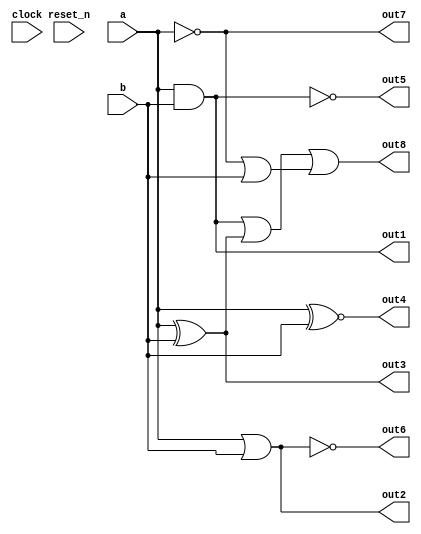
// DEFINES
`define BITS 32         // Bit width of the operands

module 	bm_log_all(clock, 
		reset_n, 
		a, 
		b, 
		out1,
		out2,
		out3,
		out4,
		out5,
		out6,
		out7,
		out8,
);

// SIGNAL DECLARATIONS
input	clock;
input 	reset_n;

input [`BITS-1:0] a;
input [`BITS-1:0] b;

output [`BITS-1:0] out1;
output [`BITS-1:0] out2;
output [`BITS-1:0] out3;
output [`BITS-1:0] out4;
output [`BITS-1:0] out5;
output [`BITS-1:0] out6;
output [`BITS-1:0] out7;
output [`BITS-1:0] out8;

wire [`BITS-1:0]    out1;
wire [`BITS-1:0]    out2;
wire [`BITS-1:0]    out3;
wire [`BITS-1:0]    out4;
wire [`BITS-1:0]    out5;
wire [`BITS-1:0]    out6;
wire [`BITS-1:0]    out7;
wire [`BITS-1:0]    out8;

// ASSIGN STATEMENTS
assign out1 = a & b; // AND
assign out2 = a | b; // OR
assign out3 = a ^ b; // XOR
assign out4 = a ~^ b; // XNOR
assign out5 = a ~& b; // NAND
assign out6 = a ~| b; // NOR
assign out7 = ~a; // NOT
assign out8 = (a & b) | (a ^ b) | (~a | b);

endmodule